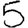
Digit: 5